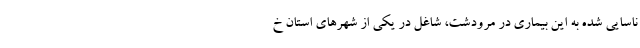
ناسایی شده به این بیماری در مرودشت، شاغل در یکی از شهرهای استان خ